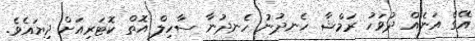
އޭގެ އަނެއް ދުވަހު ރަމްޝާ ހެނދުނު ހެނދުނާ ސާހިލް އޮތް ކޮޓަރިއަށް ދިޔައެވެ.